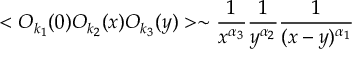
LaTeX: < { \cal O } _ { k _ { 1 } } ( 0 ) { \cal O } _ { k _ { 2 } } ( x ) { \cal O } _ { k _ { 3 } } ( y ) > \sim \frac { 1 } { x ^ { \alpha _ { 3 } } } \frac { 1 } { y ^ { \alpha _ { 2 } } } \frac { 1 } { ( x - y ) ^ { \alpha _ { 1 } } }